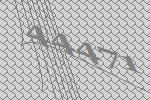
44471